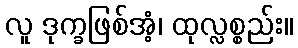
လူ ဒုက္ခဖြစ်အံ့၊ ထုလ္လစ္စည်း။